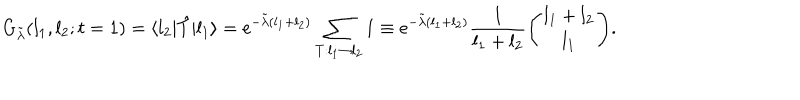
G _ { \tilde { \lambda } } ( l _ { 1 } , l _ { 2 } ; t = 1 ) = \langle l _ { 2 } | \hat { T } | l _ { 1 } \rangle = \mathrm { e } ^ { - \tilde { \lambda } ( l _ { 1 } + l _ { 2 } ) } \sum _ { T : l _ { 1 } \rightarrow l _ { 2 } } 1 \equiv \mathrm { e } ^ { - \tilde { \lambda } ( l _ { 1 } + l _ { 2 } ) } \frac { 1 } { l _ { 1 } + l _ { 2 } } \Biggl ( { l _ { 1 } + l _ { 2 } \atop l _ { 1 } } \Biggr ) .